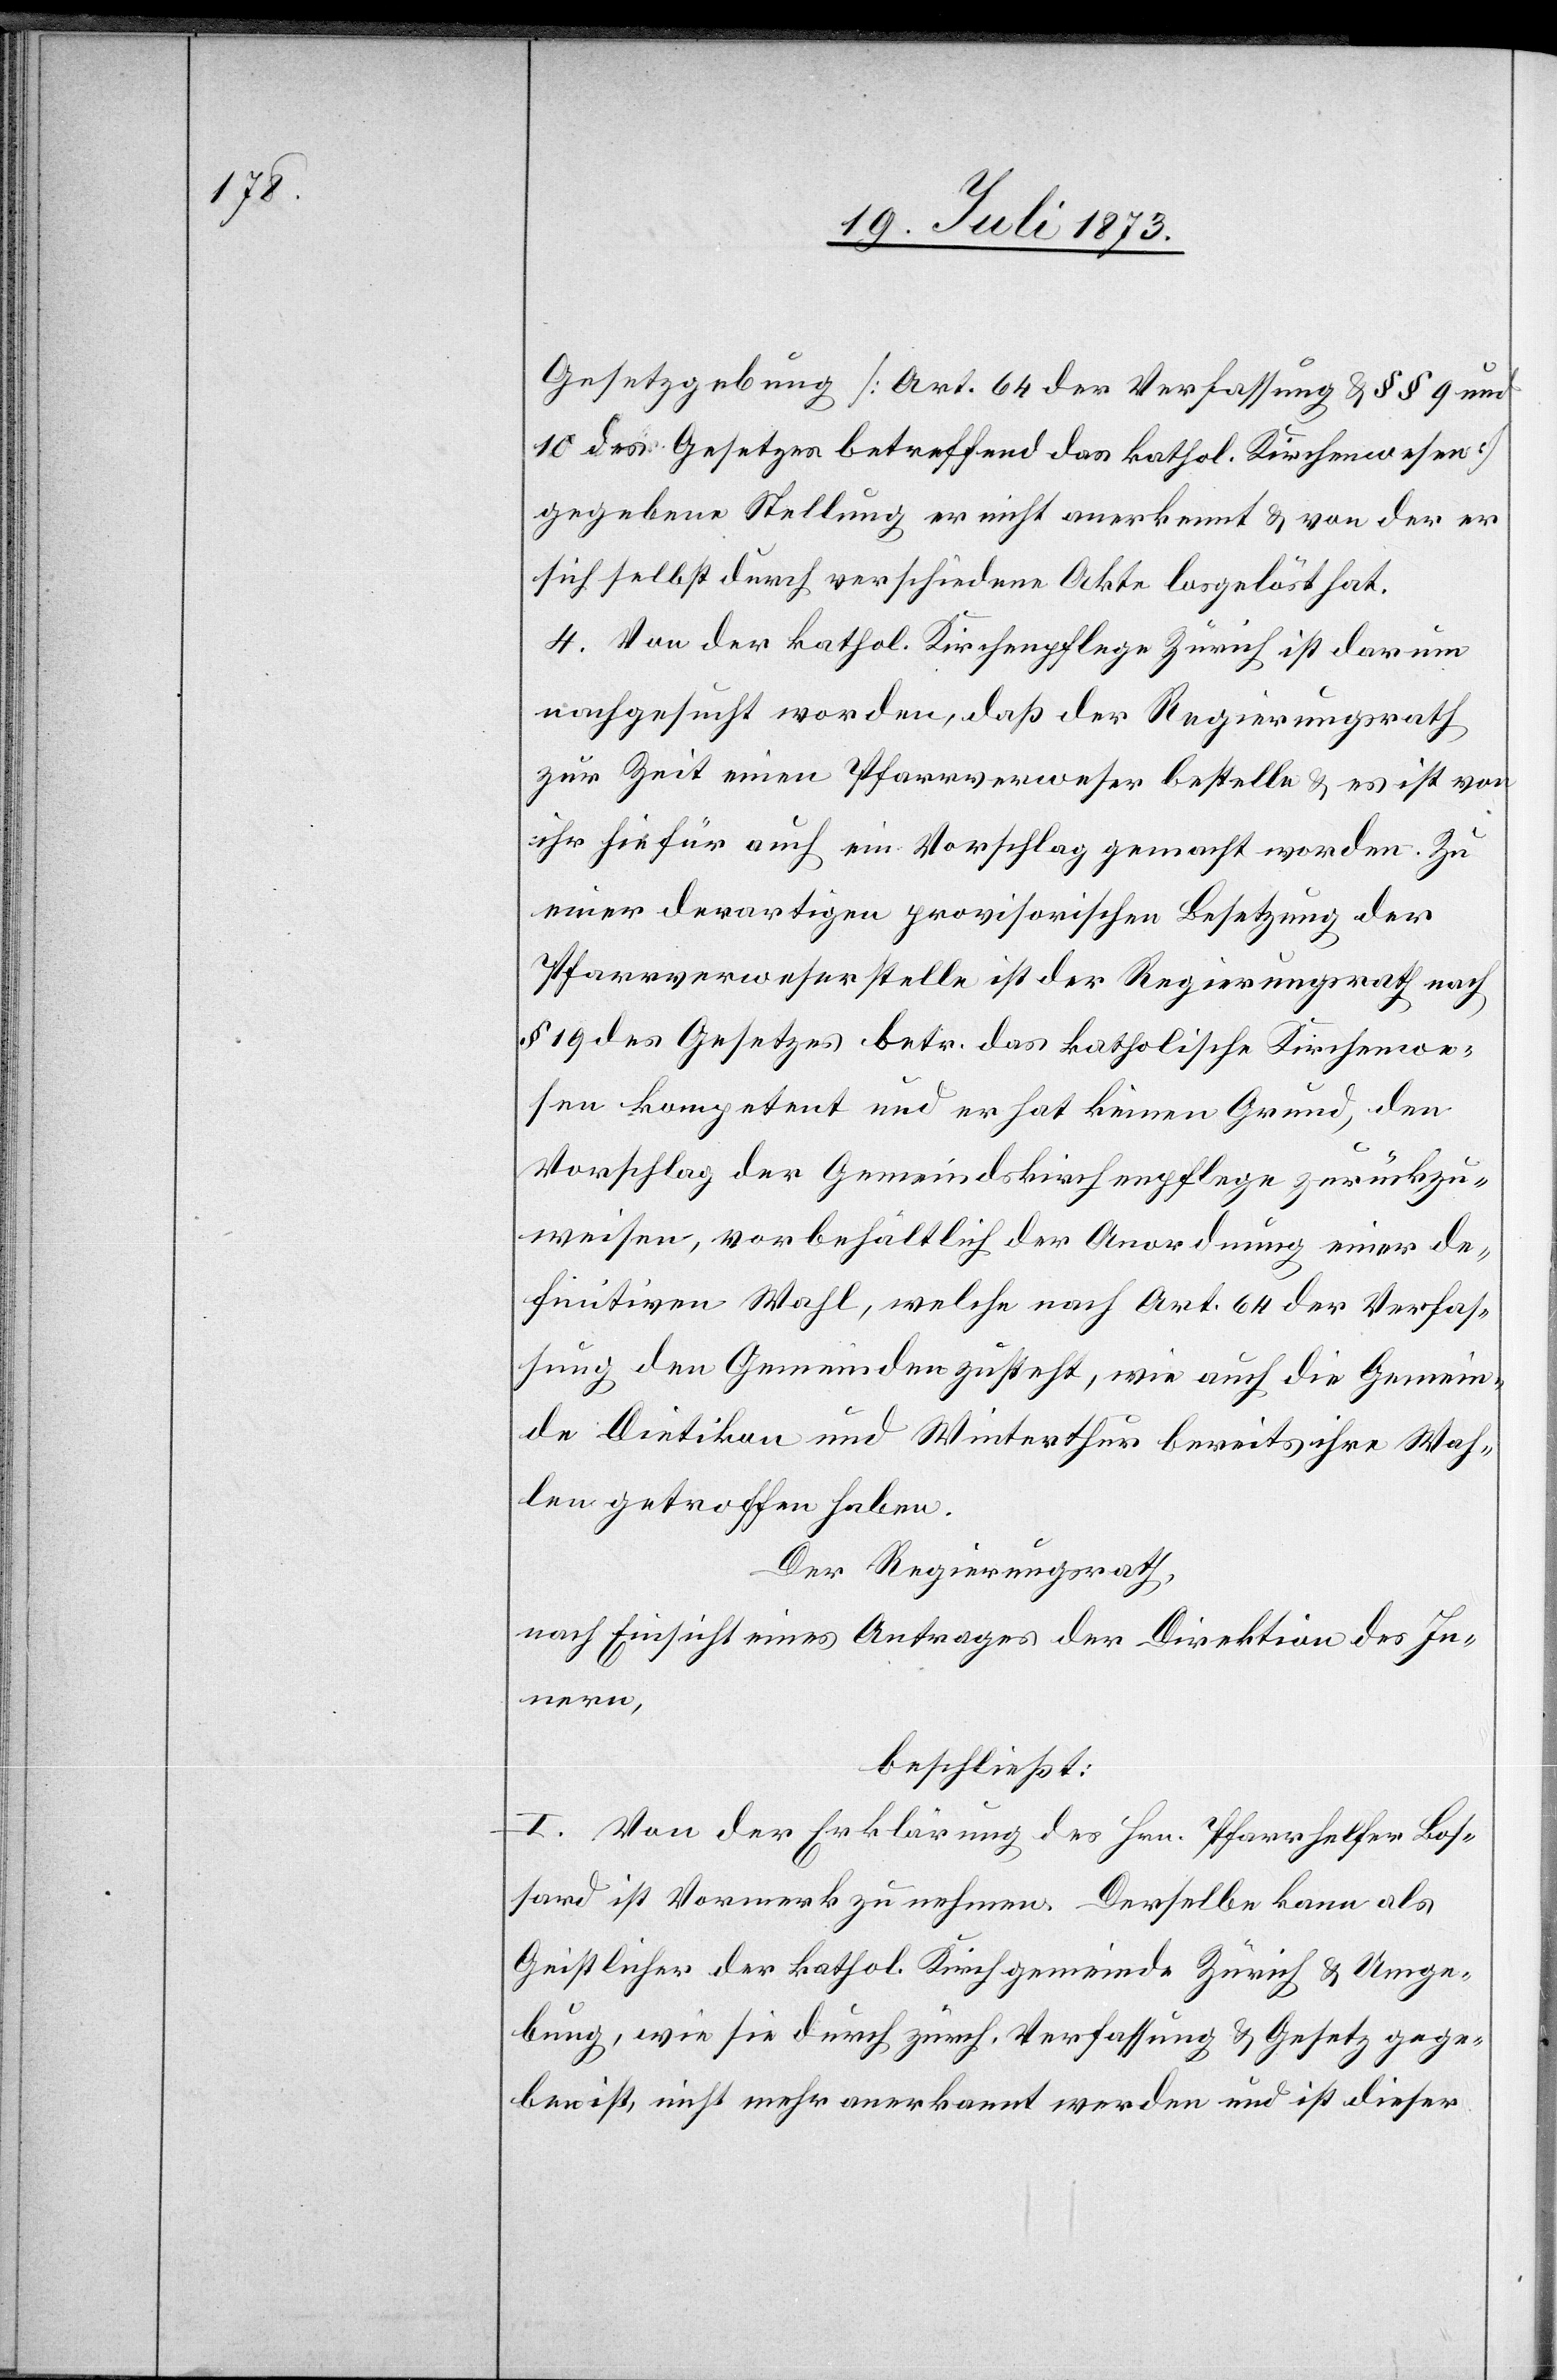
Gesetzgebung [Art. 64 der Verfassung & § § 9 und
10 des Gesetzes betreffend das kathol. Kirchenwesen]
gegebene Stellung er nicht anerkennt & von der er
sich selbst durch verschiedene Akte losgelöst hat.
4. Von der kathol. Kirchenpflege Zürich ist darum
nachgesucht worden, daß der Regierungsrath
zur Zeit einen Pfarrverweser bestelle & es ist von
ihr hiefür auch ein Vorschlag gemacht worden. Zu
einer derartigen provisorischen Besetzung der
Pfarrverweserstelle ist der Regierungsrath nach
§ 19 des Gesetzes betr. das katholische Kirchenwe¬
sen kompetent und er hat keinen Grund, den
Vorschlag der Gemeindskirchenpflege zurückzu¬
weisen, vorbehältlich der Anordnung einer de¬
finitiven Wahl, welche nach Art. 64 der Verfas¬
sung den Gemeinden zusteht, wie auch die Gemein¬
de Dietikon und Winterthur bereits ihre Wah¬
len getroffen haben.
Der Regierungsrath,
nach Einsicht eines Antrages der Direktion des In¬
nern,
beschließt:
I. Von der Erklärung des Hrn. Pfarrhelfer Bos¬
sard ist Vormerk zu nehmen. Derselbe kann als
Geistlicher der kathol. Kirchgemeinde Zürich & Umge¬
bung, wie sie durch zürch. Verfassung & Gesetz gege¬
ben ist, nicht mehr anerkannt werden und ist dieser